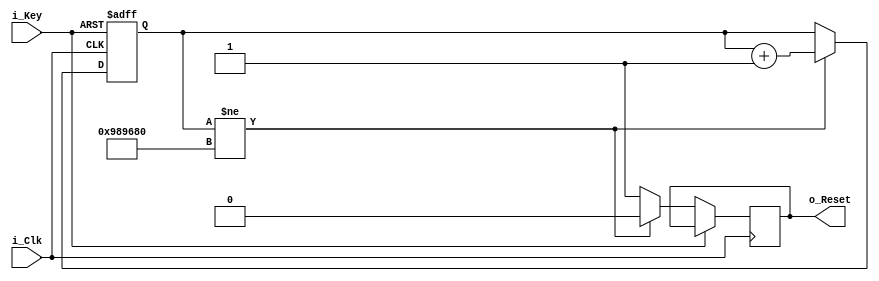
// The MIT License (MIT)
// Copyright  2023 <copyright Ethan>

// Permission is hereby granted, free of charge, to any person obtaining a copy of this software
// and associated documentation files (the Software), to deal in the Software without restriction,
// including without limitation the rights to use, copy, modify, merge, publish, distribute, sublicense,
// and/or sell copies of the Software, and to permit persons to whom the Software is furnished to do so, subject to the following conditions:

// The above copyright notice and this permission notice shall be included in all copies or substantial portions of the Software.

// THE SOFTWARE IS PROVIDED AS IS, WITHOUT WARRANTY OF ANY KIND, EXPRESS OR IMPLIED, 
// INCLUDING BUT NOT LIMITED TO THE WARRANTIES OF MERCHANTABILITY, FITNESS FOR A PARTICULAR PURPOSE AND NONINFRINGEMENT. 
// IN NO EVENT SHALL THE AUTHORS OR COPYRIGHT HOLDERS BE LIABLE FOR ANY CLAIM, DAMAGES OR OTHER LIABILITY, 
// WHETHER IN AN ACTION OF CountRACT, TORT OR OTHERWISE, ARISING FROM, 
// OUT OF OR IN CONNECTION WITH THE SOFTWARE OR THE USE OR OTHER DEALINGS IN THE SOFTWARE.

module  CW_Reset_Delay ( i_Clk, i_Key, o_Reset);
input       i_Clk;
input       i_Key;
output      o_Reset;

reg o_Reset;
reg [27:0]  Count;

always @ ( posedge i_Clk or posedge  i_Key )
    begin
        if ( i_Key )
          Count=28'h0;
        else
            begin
            
                if(Count!=28'd10_000_000)
                    begin
                        Count   <=  Count+28'h1;
                        o_Reset  <=  1'b0;
                    end
                else
                    o_Reset <=  1'b1;
            end
            
    end

endmodule